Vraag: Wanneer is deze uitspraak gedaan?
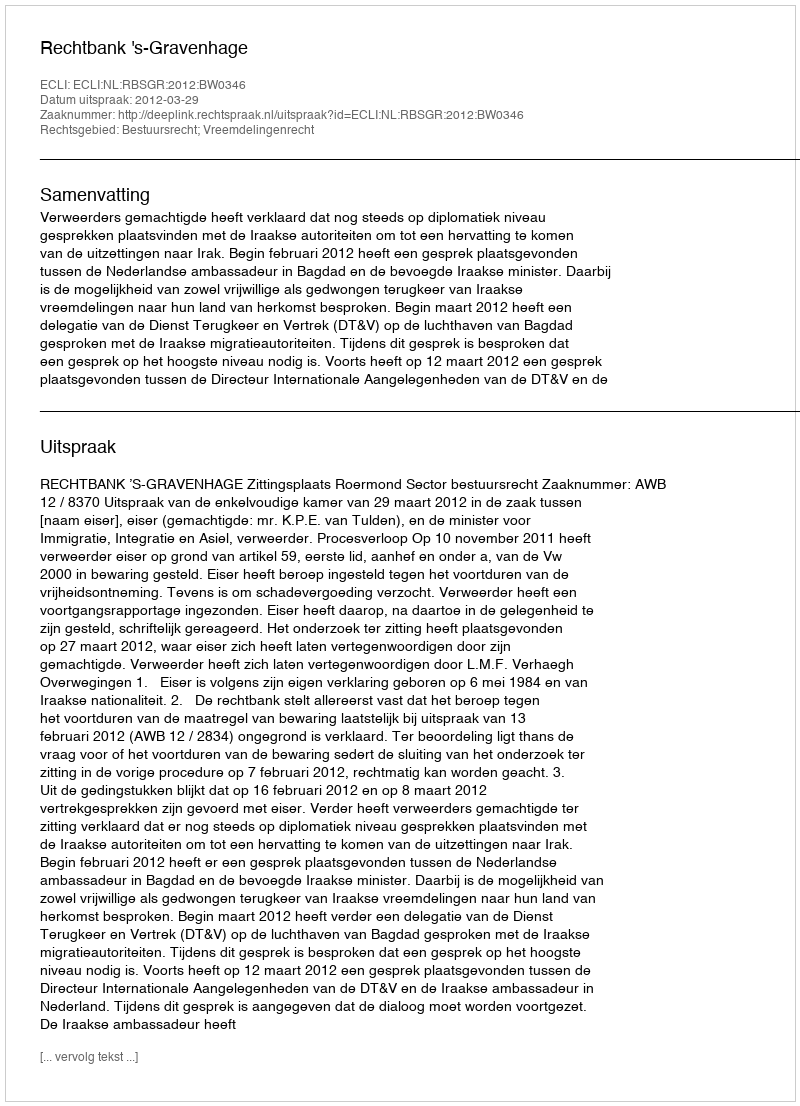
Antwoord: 2012-03-29